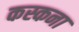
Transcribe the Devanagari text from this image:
कस्कना